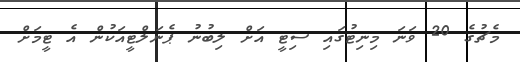
މެޗުގެ 20 ވަނަ މިނިޓުގައި ސިޓީ އަށް ލިބުނު ޕެނަލްޓީއަކުން އެ ޓީމަށް